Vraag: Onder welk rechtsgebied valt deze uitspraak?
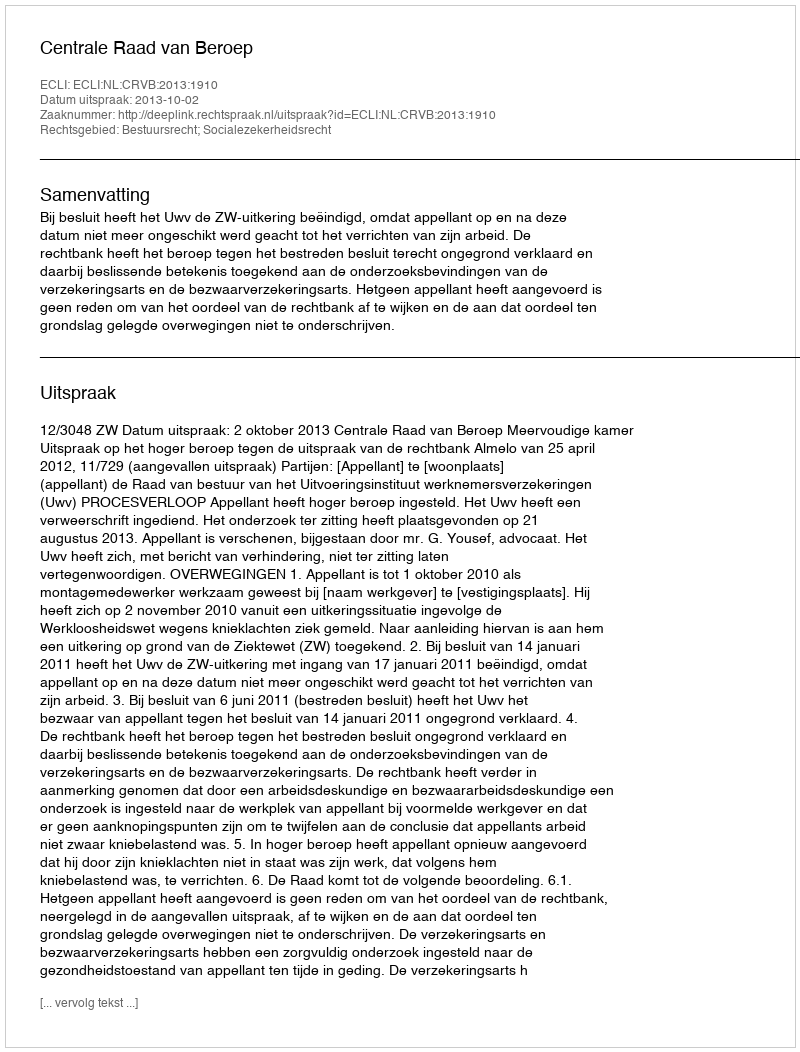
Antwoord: Bestuursrecht; Socialezekerheidsrecht